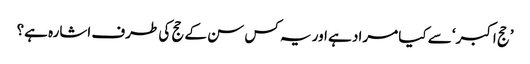
’حج اکبر‘ سے کیا مراد ہے اور یہ کس سن کے حج کی طرف اشارہ ہے؟